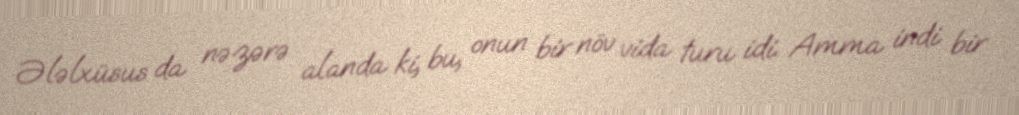
Ələlxüsus da nəzərə alanda ki, bu, onun bir növ vida turu idi. Amma indi bir